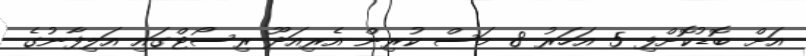
އަށް ބޮޑުކޮށްފި 5 އަހަރު 8 މަސް ކުރިން އެރިއަދޫ ރިސޯޓްގައި އަލިފާނުގެ